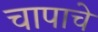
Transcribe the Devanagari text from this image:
चापाचे